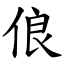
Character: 俍